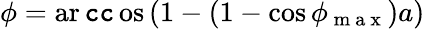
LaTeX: \phi=\operatorname{ar\mathtt{c}\mathtt{c}os}\left(1-(1-\cos\phi_{\mathrm{{~m~a~x~}}})a\right)